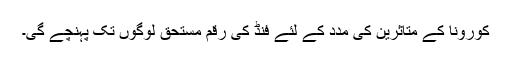
کورونا کے متاثرین کی مدد کے لئے فنڈ کی رقم مستحق لوگوں تک پہنچے گی۔